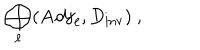
\bigoplus _ { \ell } ( { \bf A d j } _ { \ell } , D _ { \mathrm { i n v } } ) ~ ,